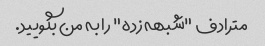
مترادف "شبهه زده" را به من بگویید.